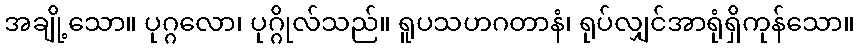
အချို့သော။ ပုဂ္ဂလော၊ ပုဂ္ဂိုလ်သည်။ ရူပသဟဂတာနံ၊ ရုပ်လျှင်အာရုံရှိကုန်သော။